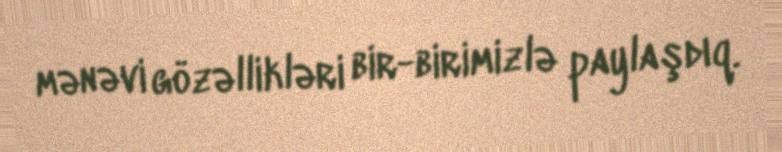
mənəvi gözəllikləri bir-birimizlə paylaşdıq.